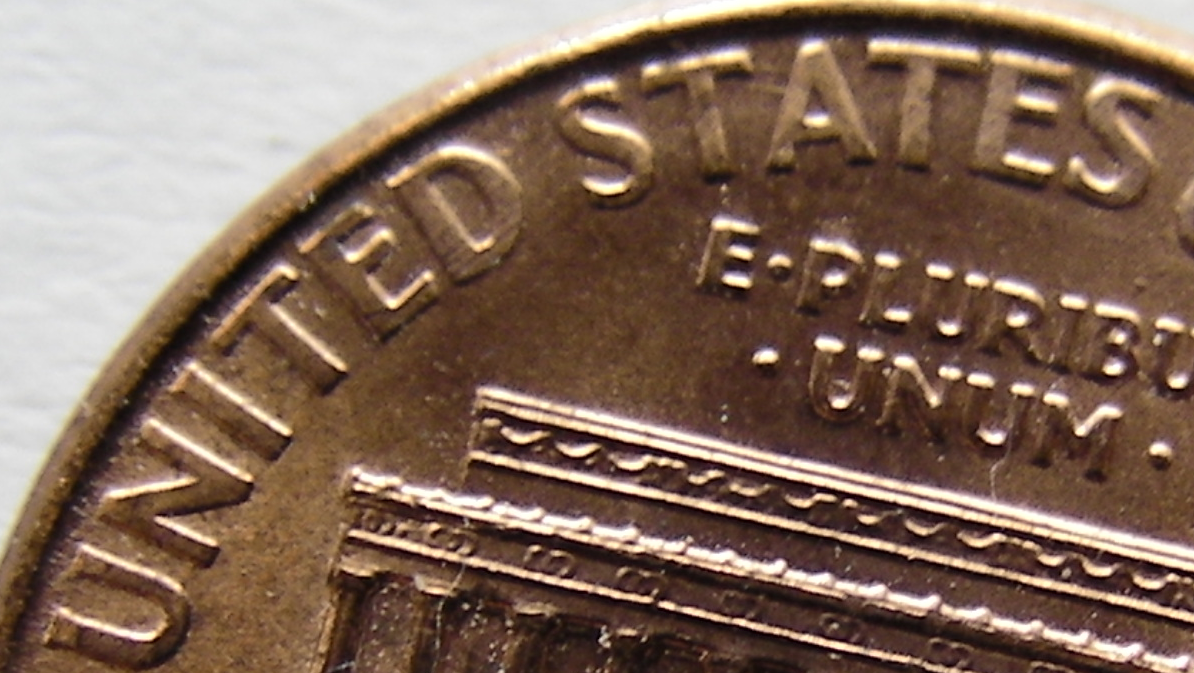
UNITED STATES